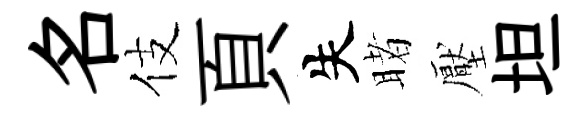
名伎頁失睹壓坦